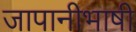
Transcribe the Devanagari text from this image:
जापानीभाषी